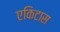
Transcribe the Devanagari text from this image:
एकिटास